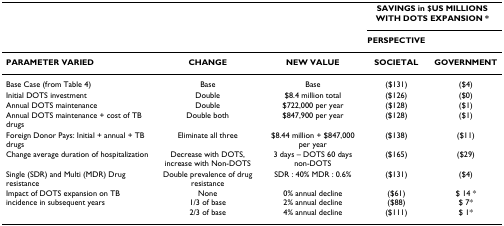
<table><thead><tr><td></td><td></td><td></td><td colspan="2"><b>SAVINGS in $US MILLIONS WITH DOTS EXPANSION *</b></td></tr><tr><td></td><td></td><td></td><td><b>PERSPECTIVE</b></td><td></td></tr></thead><tbody><tr><td><b>PARAMETER VARIED</b></td><td><b>CHANGE</b></td><td><b>NEW VALUE</b></td><td><b>SOCIETAL</b></td><td><b>GOVERNMENT</b></td></tr><tr><td>Base Case (from Table 4)</td><td>Base</td><td>Base</td><td>($131)</td><td>($4)</td></tr><tr><td>Initial DOTS investment</td><td>Double</td><td>$8.4 million total</td><td>($126)</td><td>($0)</td></tr><tr><td>Annual DOTS maintenance</td><td>Double</td><td>$722,000 per year</td><td>($128)</td><td>($1)</td></tr><tr><td>Annual DOTS maintenance + cost of TB drugs</td><td>Double both</td><td>$847,900 per year</td><td>($128)</td><td>($1)</td></tr><tr><td>Foreign Donor Pays: Initial + annual + TB drugs</td><td>Eliminate all three</td><td>$8.44 million + $847,000 per year</td><td>($138)</td><td>($11)</td></tr><tr><td>Change average duration of hospitalization</td><td>Decrease with DOTS, increase with Non-DOTS</td><td>3 days – DOTS 60 days non-DOTS</td><td>($165)</td><td>($29)</td></tr><tr><td>Single (SDR) and Multi (MDR) Drug resistance</td><td>Double prevalence of drug resistance</td><td>SDR : 40% MDR : 0.6%</td><td>($131)</td><td>($4)</td></tr><tr><td>Impact of DOTS expansion on TB incidence in subsequent years</td><td>None1/3 of base2/3 of base</td><td>0% annual decline2% annual decline4% annual decline</td><td>($61)($88)($111)</td><td>$ 14 *$ 7*$ 1*</td></tr></tbody></table>